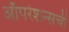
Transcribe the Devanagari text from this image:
ऑपरेशन्सची